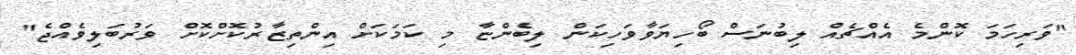
"ވަރިހަމަ ކޮންމެ އެއްޗެއް ލިބުނަސް ބޯހިޔަވާވަހިކަން ލިބެންޏާ މި ކަމަކަށް އިންތިޒާރުކޮށްކޮށް ވަރުބަލިވެއްޖެ"